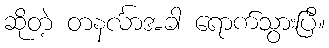
ဆိုတဲ့ တနင်္လာအခါ ရောက်သွားပြီ။